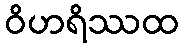
ဝိဟရိဿထ